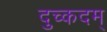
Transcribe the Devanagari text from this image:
दुच्कदम्